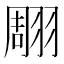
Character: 翢